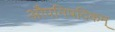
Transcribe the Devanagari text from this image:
औपनिषदिकम्